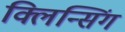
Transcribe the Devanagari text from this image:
क्लिन्सिंग